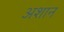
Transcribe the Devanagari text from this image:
अशान